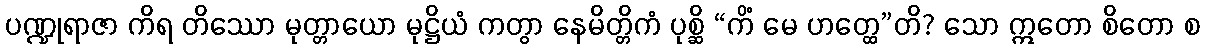
ပဏ္ဍုရာဇာ ကိရ တိဿော မုတ္တာယော မုဋ္ဌိယံ ကတွာ နေမိတ္တိကံ ပုစ္ဆိ “ကိံ မေ ဟတ္ထေ”တိ? သော ဣတော စိတော စ